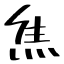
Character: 焦